Annual report of the Punjab Veterinary College and of the Civil Veterinary Department, Punjab - 1926-1932
Year: 1926
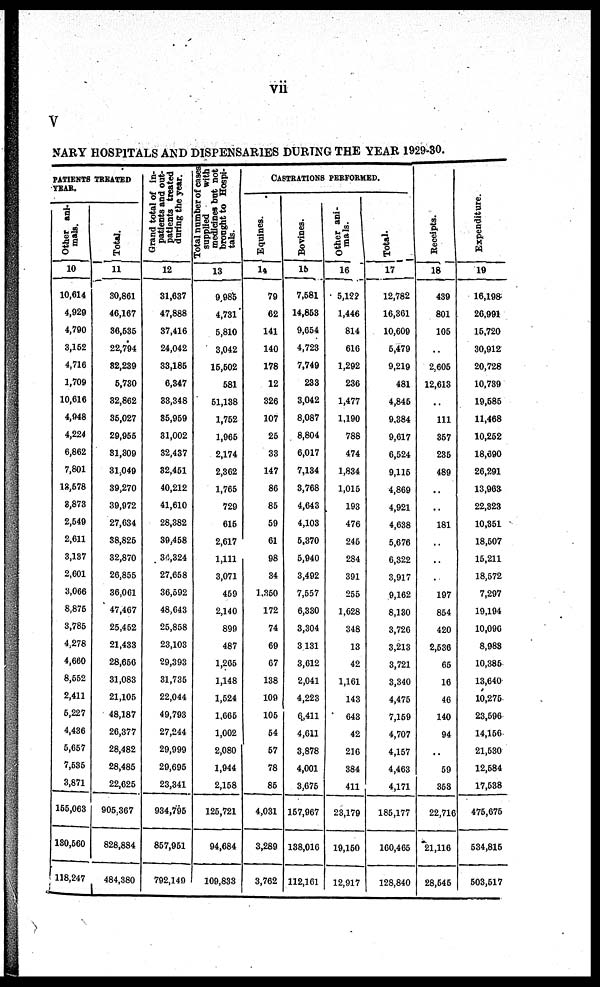
vii
V
NARY HOSPITALS AND DISPENSARIES DURING THE YEAR 1929-30.
PATIENTS TREATED
YEAR.
O ther ani-
mals.
10
10,614
4,929
4,790
3,152
4,716
1,709
10,616
4,948
4,224
6,862
7,801
18,578
8,873
2,549
2,611
3,137
2,601
3,066
8,876
3,785
4,278
4,660
8,552
2,411
5,227
4,436
5,657
7,535
3,871
155,063
180,560
118,247
Total.
11
30,861
46,167
36,535
22,794
32,239
5,730
32,862
35,027
29,955
31,309
31,049
39,270
39,972
27,634
38,825
32,870
26,855
36,061
47,467
25,452
21,433
28,656
31,083
21,105
48,187
26,377
28,482
28,485
22,625
905,367
828,884
484,380
Grand total of in-
patients and out-
patients treated
during the year.
12
31,637
47,888
37,416
24,042
33,185
6,347
33,348
35,959
31,002
32,437
32,451
40,212
41,610
28,382
39,458
34,324
27,658
36,592
48,643
25,858
23,103
29,393
31,735
22,044
49,793
27,244
29,999
29,695
23,341
934,795
857,951
792,149
Total number of cases
supplied
with
medicines but not
brought to Hospi-
tals.
13
9,985
4,731
5,810
3,042
15,502
581
51,138
1,752
1,965
2,174
2,362
1,765
729
615
2,617
1,111
3,071
459
2,140
899
487
1,265
1,148
1,524
1,665
1,002
2,080
1,944
2,158
125,721
94,684
109,833
CASTRATIONS PERFORMED.
Equines.
14
79
62
141
140
178
12
326
107
25
33
147
86
85
59
61
98
34
1,350
172
74
69
67
138
109
105
54
57
78
85
4,031
3,289
3,762
Bovines.
15
7,581
14,853
9,654
4,723
7,749
233
3,042
8,087
8,804
6,017
7,134
3,768
4,643
4,103
5,370
5,940
3,492
7,557
6,330
3,304
3, 131
3,612
2,041
4,223
6,411
4,611
3,878
4,001
3,675
157,967
138,016
112,161
Other ani-
mals.
16
5,122
1,446
814
616
1,292
236
1,477
1,190
788
474
1,834
1,015
193
476
245
284
391
255
1,628
348
13
42
1,161
143
643
42
216
384
411
23,179
19,150
12,917
Total.
17
12,782
16,361
10,609
6,479
9,219
481
4,845
9,384
9,617
6,524
9,115
4,869
4,921
4,638
5,676
6,322
3,917
9,162
8,130
3,726
3,213
3,721
3,340
4,475
7,159
4,707
4,157
4,463
4,171
185,177
160,465
128,840
Receipts.
18
439
801
105
..
2,605
12,613
..
111
357
235
489
..
..
181
..
..
197
854
420
2,536
65
16
46
140
94
..
59
353
22,716
21,116
28,545
Expenditure.
19
16,198
26,991
15,720
30,912
20,728
10,739
19,586
11,468
10,252
18,690
26,291
13,963
22,323
10,351
18,507
15,211
18,572
7,297
19,194
10,096
8,988
10,386
13,640
10,275
23,596
14,156
21,530
12,584
17,538
475,675
534,815
603,617